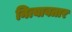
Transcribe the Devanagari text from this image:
नित्यावतार